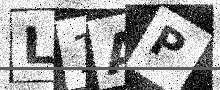
Text: L1AP